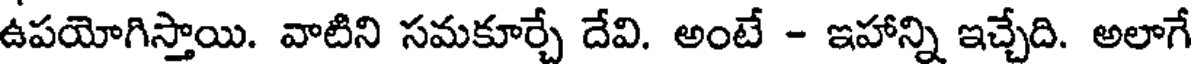
ఉపయోగిస్తాయి. వాటిని సమకూర్చే దేవి. అంటే - ఇహాన్ని ఇచ్చేది. అలాగే